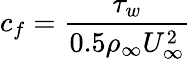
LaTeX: c_{f}=\frac{\tau_{w}}{0.5\rho_{\infty}U_{\infty}^{2}}